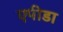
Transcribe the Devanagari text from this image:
एपीडा